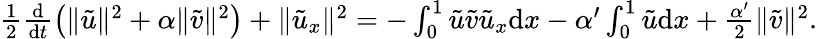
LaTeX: \begin{array}{r}{\frac 12\frac{\mathrm{d}}{\mathrm{d}t}\big(\| {\tilde{u}}\| ^{2}+\alpha\| {\tilde{v}}\| ^{2}\big)+\| {\tilde{u}}_{x}\| ^{2}=-\int_{0}^{1}{\tilde{u}}{\tilde{v}}{\tilde{u}}_{x}{\mathrm{d}x}-\alpha^{\prime}\int_{0}^{1}{\tilde{u}}{\mathrm{d}x}+\frac{\alpha^{\prime}}{2}\| {\tilde{v}}\| ^{2}.}\end{array}